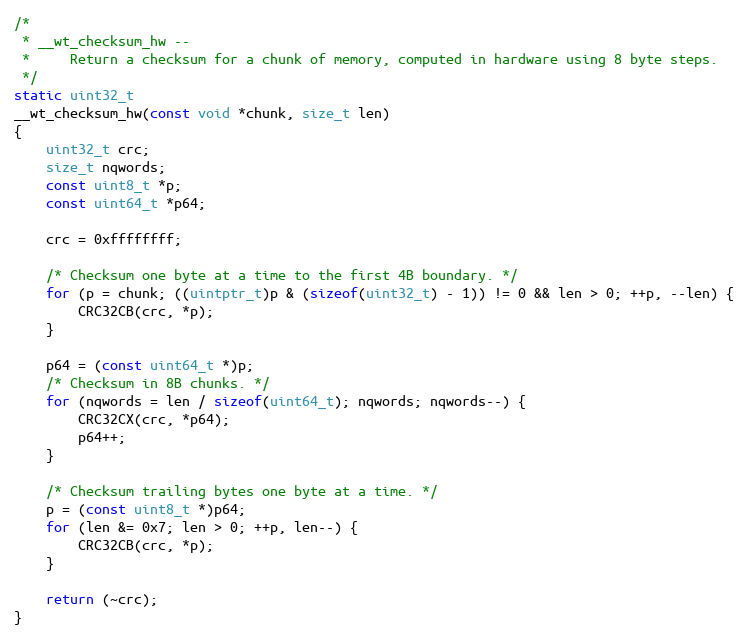
Language: C
/*
 * __wt_checksum_hw --
 *     Return a checksum for a chunk of memory, computed in hardware using 8 byte steps.
 */
static uint32_t
__wt_checksum_hw(const void *chunk, size_t len)
{
    uint32_t crc;
    size_t nqwords;
    const uint8_t *p;
    const uint64_t *p64;

    crc = 0xffffffff;

    /* Checksum one byte at a time to the first 4B boundary. */
    for (p = chunk; ((uintptr_t)p & (sizeof(uint32_t) - 1)) != 0 && len > 0; ++p, --len) {
        CRC32CB(crc, *p);
    }

    p64 = (const uint64_t *)p;
    /* Checksum in 8B chunks. */
    for (nqwords = len / sizeof(uint64_t); nqwords; nqwords--) {
        CRC32CX(crc, *p64);
        p64++;
    }

    /* Checksum trailing bytes one byte at a time. */
    p = (const uint8_t *)p64;
    for (len &= 0x7; len > 0; ++p, len--) {
        CRC32CB(crc, *p);
    }

    return (~crc);
}